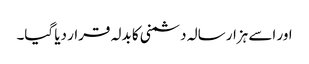
اور اسے ہزار سالہ دشمنی کا بدلہ قرار دیا گیا۔